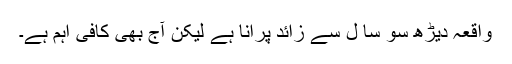
واقعہ دیڑھ سو سا ل سے زائد پرانا ہے لیکن آج بھی کافی اہم ہے۔